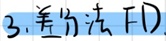
3. 差分法 FD